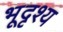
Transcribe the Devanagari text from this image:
भूदृश्‍य